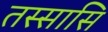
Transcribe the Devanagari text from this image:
तस्सासि